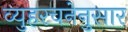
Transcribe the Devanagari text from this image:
व्युहरचनेनुसार